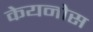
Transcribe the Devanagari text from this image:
केयनोस